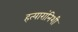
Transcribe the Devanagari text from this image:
हत्यारांनिशी